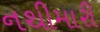
નથીમારી